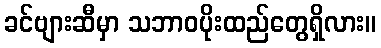
ခင်ဗျားဆီမှာ သဘာဝပိုးထည်တွေရှိလား။